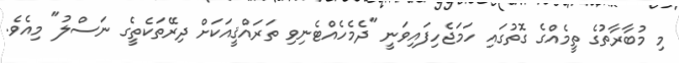
މި މުބާރާތުގެ ތީމެއްގެ ގޮތުގައި ހަމަޖެހިފައިވަނީ "ދެމެހެއްޓެނިވި ތަރައްޤީއަކަށް ދިރޭތަކެތީގެ ނަސްލު" މިއެވެ.